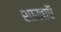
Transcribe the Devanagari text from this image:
शाखाऍं